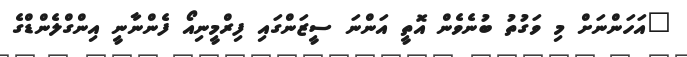
"އަހަންނަށް މި ވަގުތު ބުނެވެން އޮތީ އަންނަ ސީޒަންގައި ފިރްމީނިއޯ ފެންނާނީ އިންގްލެންޑްގެ